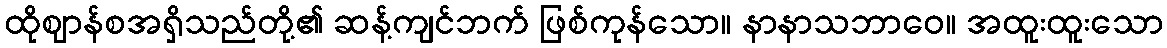
ထိုဈာန်စအရှိသည်တို့၏ ဆန့်ကျင်ဘက် ဖြစ်ကုန်သော။ နာနာသဘာဝေ။ အထူးထူးသော